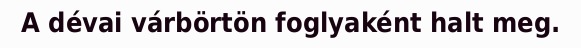
A dévai várbörtön foglyaként halt meg.